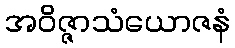
အဝိဇ္ဇာသံယောဇနံ